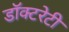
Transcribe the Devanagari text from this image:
डॉक्टरेटी